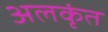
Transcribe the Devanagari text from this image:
अलकृंत